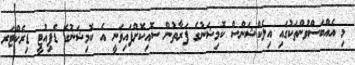
މި އެއްބަސްވުންތަކުގައި އިލެކްޝަންސް ކޮމިޝަނުގެ ފަރާތުން ސޮއިކޮށްފައިވަނީ އެ ކޮމިޝަނުގެ ޑެޕިއުޓީ ޑިރެކްޓަރ